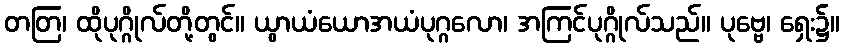
တတြ၊ ထိုပုဂ္ဂိုလ်တို့တွင်။ ယွာယံယောအယံပုဂ္ဂလော၊ အကြင်ပုဂ္ဂိုလ်သည်။ ပုဗ္ဗေ၊ ရှေး၌။